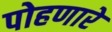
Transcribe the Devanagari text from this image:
पोहणारे